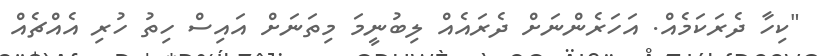
"ކިހާ ދެރަކަމެއް. އަހަރެންނަށް ދެރައެއް ލިބުނީމަ މިތަނަށް އައިސް ހިތު ހުރި އެއްޗެއް